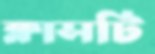
ক্লাসটি